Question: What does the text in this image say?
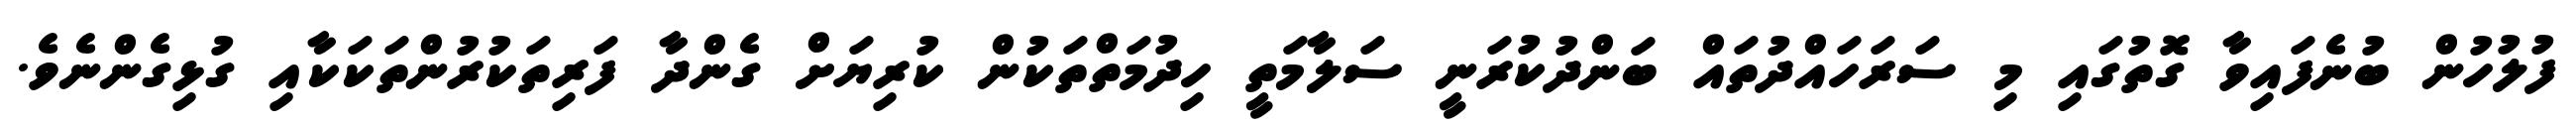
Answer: ފުލުހުން ބުނެފައިވާ ގޮތުގައި މި ސަރަހައްދުތައް ބަންދުކުރަނީ ސަލާމަތީ ހިދުމަތްތަކުން ކުރިޔަށް ގެންދާ ފަރިތަކުރުންތަކަކާއި ގުޅިގެންނެވެ.